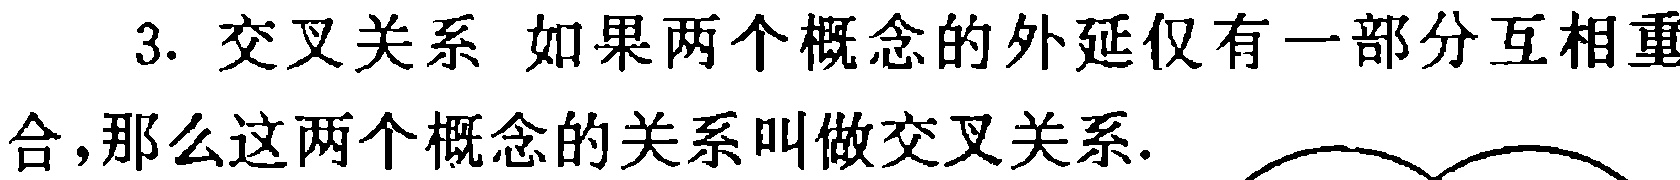
3. 交叉关系 如果两个概念的外延仅有一部分互相重合，那么这两个概念的关系叫做交叉关系.